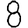
Digit: 8